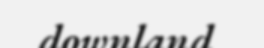
downland